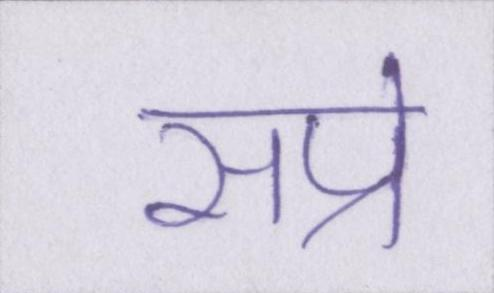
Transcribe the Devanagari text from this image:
सप्रे